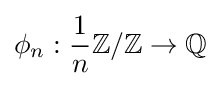
\phi _{n}:{\frac {1}{n}}\mathbb {Z} /\mathbb {Z} \rightarrow \mathbb {Q}